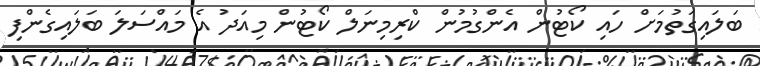
ބަލައިގަތުމަށް ހައި ކޯޓުން އެންގުމުން ކްރިމިނަލް ކޯޓުން މިއަދު އެ މައްސަލަ ބަލައިގެންފި